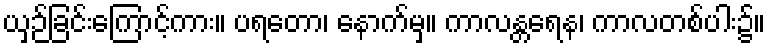
ယှဉ်ခြင်းကြောင့်ကား။ ပရတော၊ နောက်မှ။ ကာလန္တရေန၊ ကာလတစ်ပါး၌။